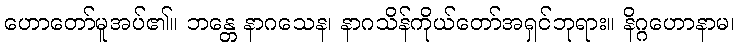
ဟောတော်မူအပ်၏။ ဘန္တေ နာဂသေန၊ နာဂသိန်ကိုယ်တော်အရှင်ဘုရား။ နိဂ္ဂဟောနာမ၊